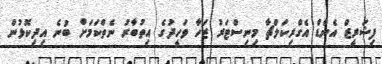
ފިޝަރީޒް އެންޑް އެގްރިކަލްޗާ މިނިސްޓަރު ޒަހާ ވަހީދުގެ އިތުބާރު ނެތްކަމަށް ބުނެ އިދިކޮޅުން